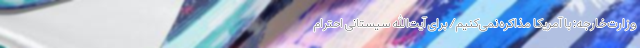
وزارت خارجه: با آمریکا مذاکره نمی‌کنیم/ برای آیت‌الله سیستانی احترام